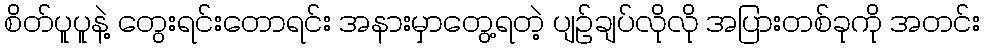
စိတ်ပူပူနဲ့ တွေးရင်းတောရင်း အနားမှာတွေ့ရတဲ့ ပျဉ်ချပ်လိုလို အပြားတစ်ခုကို အတင်း